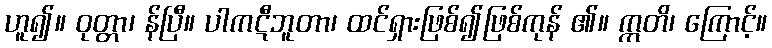
ဟူ၍။ ဝုတ္တာ၊ န်ပြီ။ ပါကဋီဘူတာ၊ ထင်ရှားဖြစ်၍ဖြစ်ကုန် ၏။ ဣတိ၊ ကြောင့်။